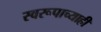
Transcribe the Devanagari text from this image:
स्वरूपाच्याही